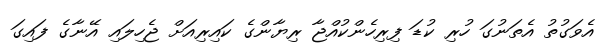
އެވަގުތު އެތަނުގަ ހުރި ކުޑަ ފިރިހެންކުއްޖާ ރިޔާންގެ ކައިރިއަށް ޖެހިލައި އޭނާގެ ފައިގަ